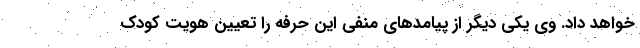
خواهد داد. وی یکی دیگر از پیامدهای منفی این حرفه را تعیین هویت کودک